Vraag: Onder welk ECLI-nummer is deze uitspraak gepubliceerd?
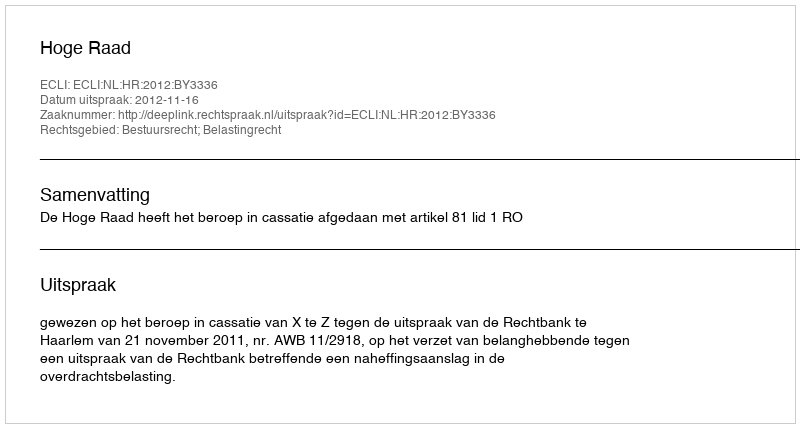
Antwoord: ECLI:NL:HR:2012:BY3336